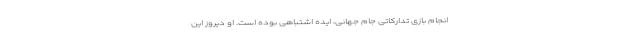
انجام بازی تدارکاتی جام جهانی، ایده اشتباهی بوده است. او دیروز این